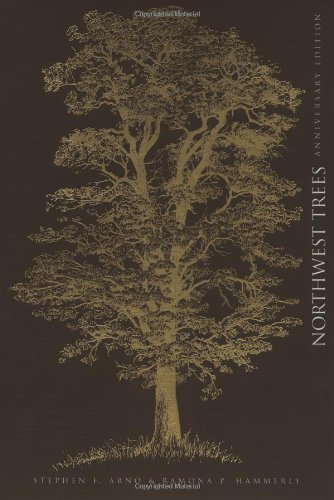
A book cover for Northwest Trees: Identifying and Understanding the Region's Native Trees; Stephen Arno; Crafts, Hobbies & Home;